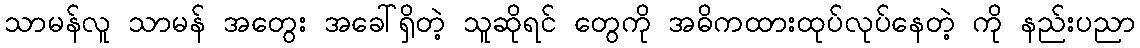
သာမန်လူ သာမန် အတွေး အခေါ်ရှိတဲ့ သူဆိုရင် တွေကို အဓိကထားထုပ်လုပ်နေတဲ့ ကို နည်းပညာ